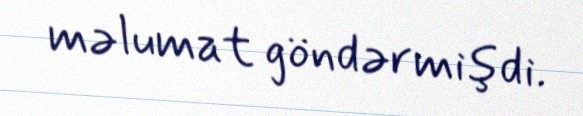
məlumat göndərmişdi.